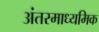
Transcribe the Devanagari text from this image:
अंतरमाध्यमिक